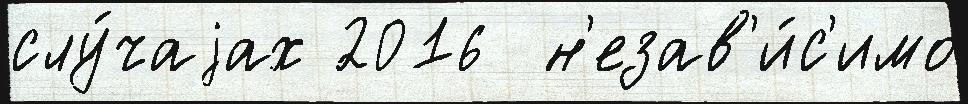
слу́чаjах 2016  н'езав'и́с'имо